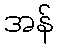
အန်